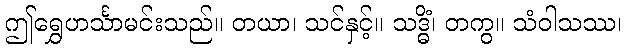
ဤရွှေဟင်္သာမင်းသည်။ တယာ၊ သင်နှင့်။ သဒ္ဓိံ၊ တကွ။ သံဝါသဿ၊